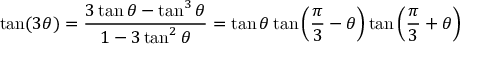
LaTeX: \tan ( 3 \theta ) = { \frac { 3 \tan \theta - \tan ^ { 3 } \theta } { 1 - 3 \tan ^ { 2 } \theta } } = \tan \theta \tan \left( { \frac { \pi } { 3 } } - \theta \right) \tan \left( { \frac { \pi } { 3 } } + \theta \right)